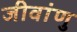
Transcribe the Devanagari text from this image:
जीवांणु